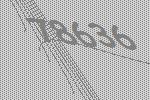
78636